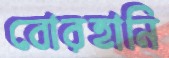
বোরহানি